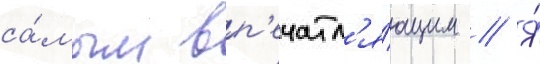
са́мым вп'ечатл'я́ющим // Я́